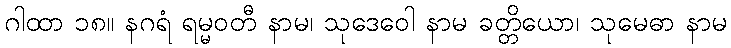
ဂါထာ ၁၈။ နဂရံ ရမ္မဝတီ နာမ၊ သုဒေဝေါ နာမ ခတ္တိယော၊ သုမေဓာ နာမ